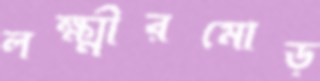
লক্ষ্মীরমোড়